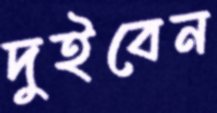
দুইবেন